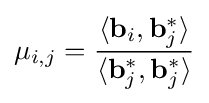
\mu _{i,j}={\frac {\langle \mathbf {b} _{i},\mathbf {b} _{j}^{*}\rangle }{\langle \mathbf {b} _{j}^{*},\mathbf {b} _{j}^{*}\rangle }}